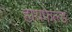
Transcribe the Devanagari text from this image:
हायफेल्ड